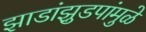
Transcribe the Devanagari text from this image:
झाडांझुडपांमुळे